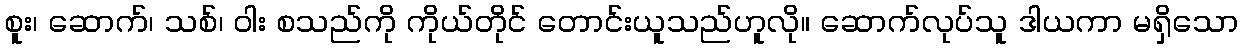
စူး၊ ဆောက်၊ သစ်၊ ဝါး စသည်ကို ကိုယ်တိုင် တောင်းယူသည်ဟူလို။ ဆောက်လုပ်သူ ဒါယကာ မရှိသော